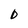
Character: D